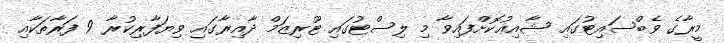
މީރާގެ ވެބްސައިޓުގައި ޝާއިޢުކޮށްފައިވާ މި ލިސްޓުގައި ޓޫރިޒަމް ދާއިރާގައި ވިޔަފާރިކުރާ 9 ފަރާތަކާއި